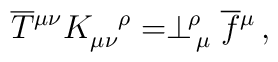
\overline T{^{\mu\nu}}K_{\mu\nu}^{\ \ \,\rho}=\perp^{\!\rho}_{\,\mu}\overline f{^\mu}\, ,